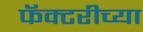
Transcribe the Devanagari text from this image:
फॅक्टरीच्या